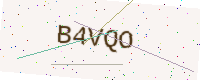
Text: B4VQO